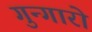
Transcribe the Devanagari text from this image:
गुन्गारो